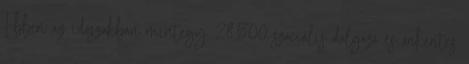
Ebben az időszakban mintegy 28,500 szociális dolgozó és önkéntes